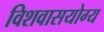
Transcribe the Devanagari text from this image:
विशवासयोग्य